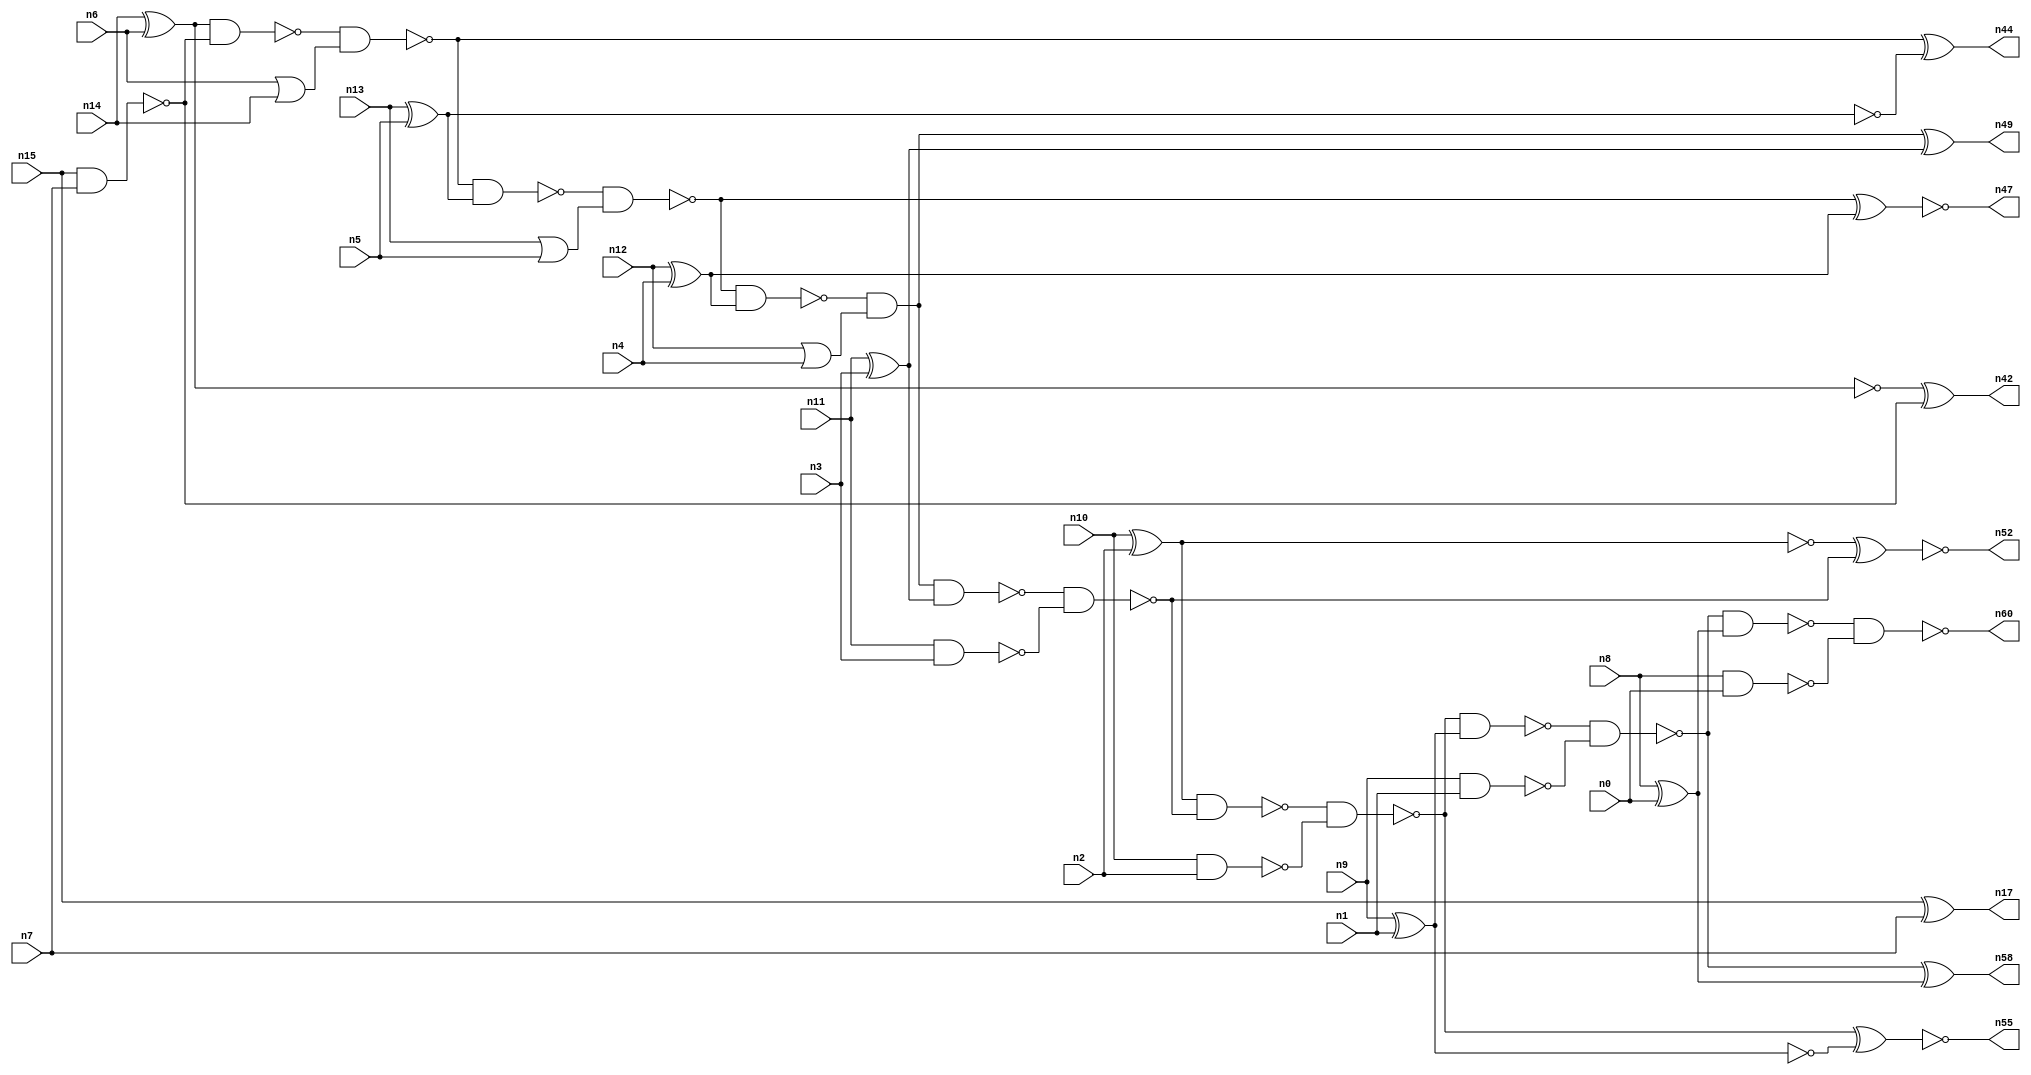
// This file contains a pareto-optimal circuit with respect to pdp and the fault-resilince parameter p_fault which is defined as:
// "For all input vectors, the ratio of the no. of faults observable at the POs to the no. of total possible faults in the circuit".
// This code is part of the ReCkt library (https://github.com/umar-afzaal/ReCkt) distributed under The MIT License.
// When used, please cite the following article(s):
// U. Afzaal, A.S. Hassan, M. Usman and J.A. Lee, "On the Evolutionary Synthesis of Increased Fault-resilience Arithmetic Circuits".

// p_fault = 91.0 %    (Lower is better)
// gates = 45.0
// levels = 15
// area = 59.96    (For MCNC library relative to nand2)
// power = 247.7 uW    (Berkely-SIS for MCNC library @ Vdd=5V and 20 MHz clock)
// delay = 16.8 ns    (Berkely-ABC for MCNC library)
// PDP = 4.16136e-12 J

// Pin mapping:
// {n0, n1, n2, n3, n4, n5, n6, n7} = A[7:0]
// {n8, n9, n10, n11, n12, n13, n14, n15} = B[7:0]
// {n60, n58, n55, n52, n49, n47, n44, n42, n17} = O[8:0]

module addr8u_pdp_3 (
n0, n1, n2, n3, n4, n5, n6, n7, n8, n9, n10, n11, n12, n13, n14, n15, 
n60, n58, n55, n52, n49, n47, n44, n42, n17
);

input n0, n1, n2, n3, n4, n5, n6, n7, n8, n9, n10, n11, n12, n13, n14, n15;
output n60, n58, n55, n52, n49, n47, n44, n42, n17;
wire n30, n24, n46, n18, n59, n51, n45, n36, n20, n37, n56, n23, n16, n53, n40, n48, n21, n25, n41, n54, 
n27, n33, n28, n22, n38, n39, n57, n31, n19, n34, n32, n26, n50, n43, n29, n35;

nand (n16, n8, n0);
xor (n17, n15, n7);
nor (n18, n6, n14);
nand (n19, n9, n1);
nand (n20, n10, n2);
xor (n21, n13, n5);
xor (n22, n14, n6);
nand (n23, n11, n3);
or (n24, n12, n4);
nor (n25, n6, n14);
nand (n26, n15, n7);
or (n27, n13, n5);
xor (n28, n12, n4);
xor (n29, n11, n3);
xnor (n30, n9, n1);
xor (n31, n10, n2);
xor (n32, n8, n0);
and (n33, n28, n28);
nand (n34, n25, n18);
nand (n35, n22, n26);
nand (n36, n31, n31);
nand (n37, n30, n30);
nand (n38, n21, n21);
nand (n39, n22, n22);
nand (n40, n37, n37);
nand (n41, n35, n34);
xor (n42, n39, n26);
nand (n43, n41, n21);
xor (n44, n41, n38);
nand (n45, n43, n27);
nand (n46, n45, n28);
xnor (n47, n45, n33);
and (n48, n46, n24);
xor (n49, n48, n29);
nand (n50, n48, n29);
nand (n51, n50, n23);
xnor (n52, n36, n51);
nand (n53, n31, n51);
nand (n54, n53, n20);
xnor (n55, n54, n40);
nand (n56, n54, n37);
nand (n57, n56, n19);
xor (n58, n57, n32);
nand (n59, n57, n32);
nand (n60, n59, n16);

endmodule